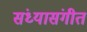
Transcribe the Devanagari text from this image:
संध्यासंगीत